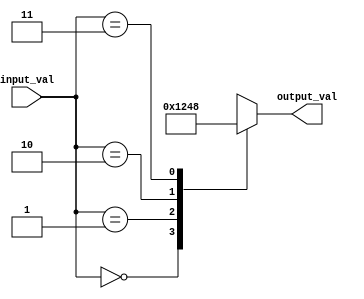
module full_case_statement (
    input wire [1:0] input_val,
    output wire [3:0] output_val
);

reg [3:0] output_val;

always @(*)
begin
    case(input_val)
        2'b00: output_val = 4'b0001;
        2'b01: output_val = 4'b0010;
        2'b10: output_val = 4'b0100;
        2'b11: output_val = 4'b1000;
        default: output_val = 4'b0000;
    endcase
end

endmodule